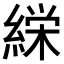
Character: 𮈰